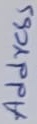
Text: Address